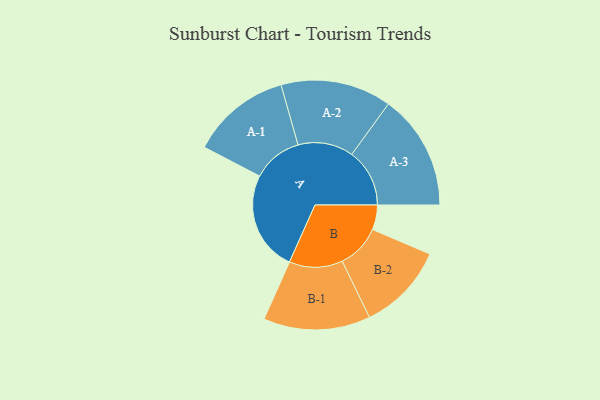
{"axis": {"x": "Segment", "y": "Value"}, "legend": ["", "A", "B"], "data": [{"x": "A", "y": 417, "type": ""}, {"x": "B", "y": 103, "type": ""}, {"x": "A-1", "y": 208, "type": "A"}, {"x": "A-2", "y": 231, "type": "A"}, {"x": "A-3", "y": 241, "type": "A"}, {"x": "B-1", "y": 223, "type": "B"}, {"x": "B-2", "y": 183, "type": "B"}]}